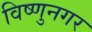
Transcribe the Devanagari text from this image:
विष्णुनगर